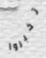
تخبروا